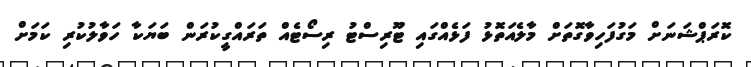
ކޮރަޕްޝަނަށް މަގުފަހިވާގޮތަށް މާލެއަތޮޅު ފަޅެއްގައި ޓޫރިސްޓު ރިސޯޓެއް ތަރައްގީކުރަން ބަޔަކާ ހަވާލުކުރި ކަމަށް